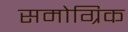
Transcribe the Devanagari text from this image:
समोग्रिक